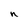
Character: n